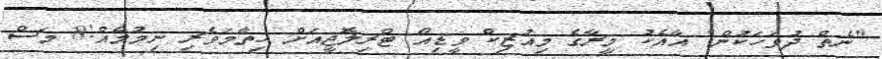
"ނެތް ދުވަހަކުން" އާއެކު މީރާގެ މިއުޒިކް ވީޑިއޯ ޓްރިލޮޖީއަށް ހިތާމަވެރި ނިމުމެއް!8 މަސް